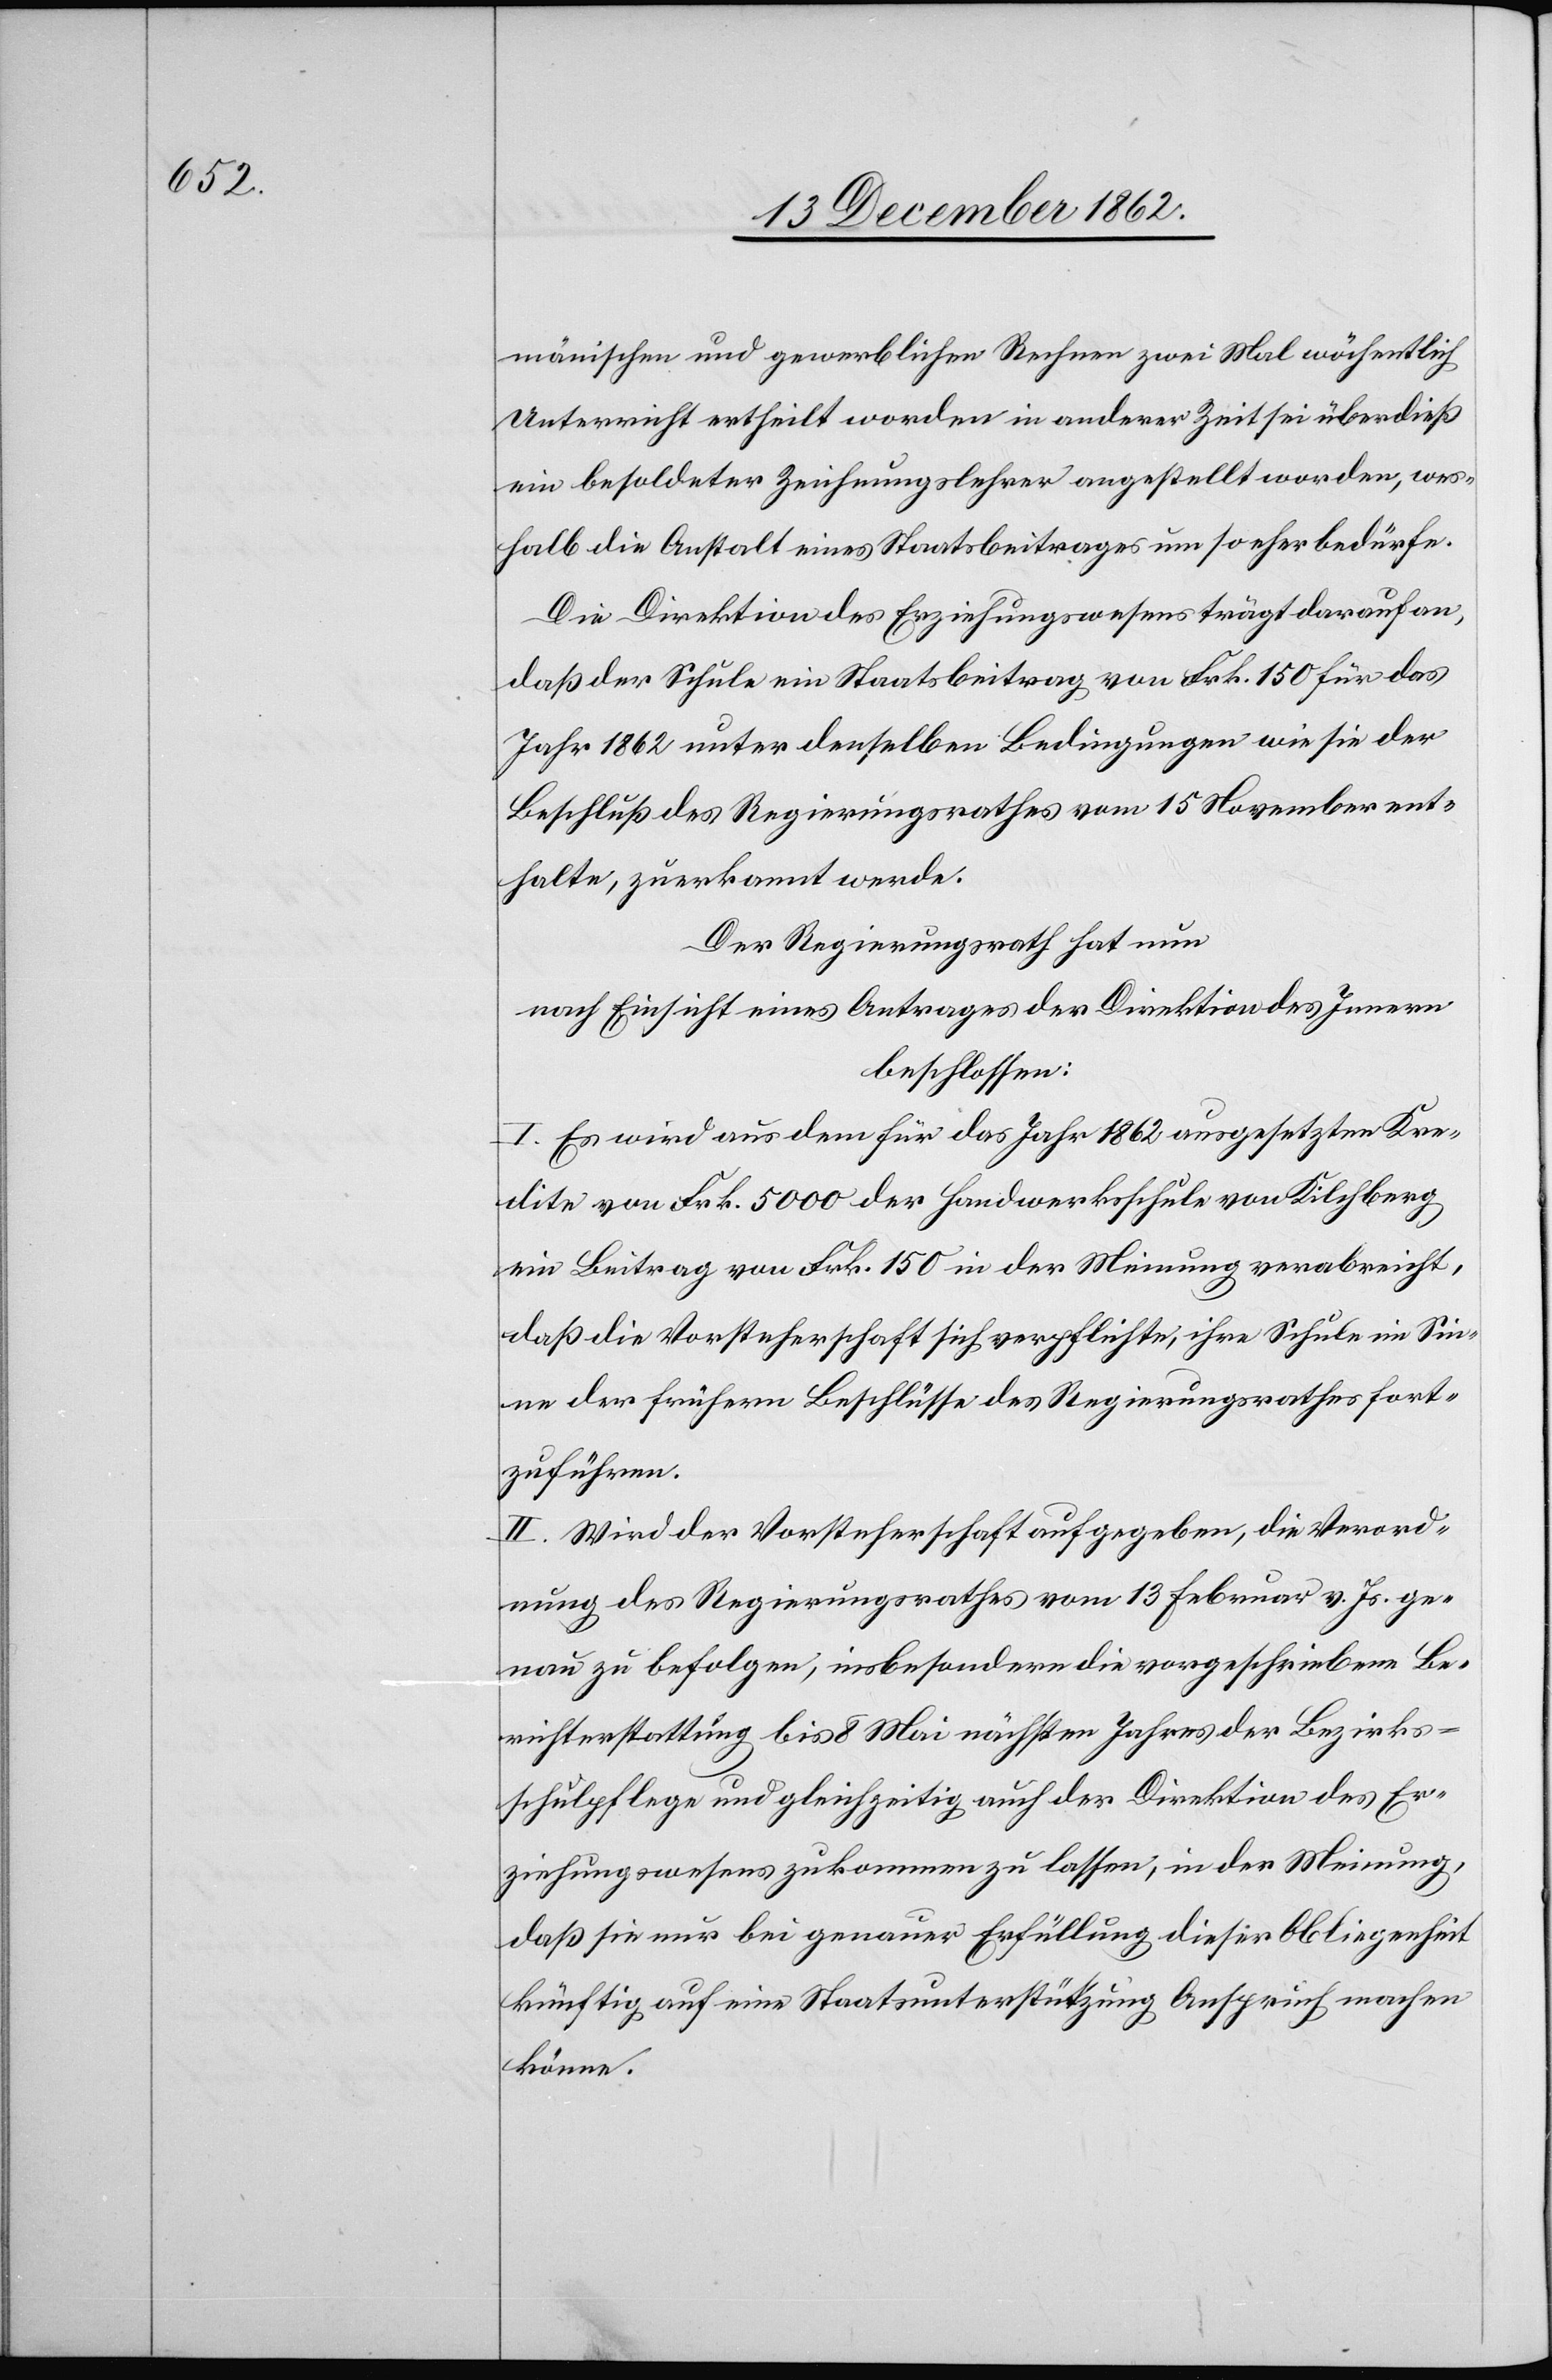
männischen und gewerblichen Rechnen zwei Mal wöchentlich
Unterricht ertheilt worden in anderer Zeit sei überdieß
ein besoldeter Zeichnungslehrer angestellt worden, wes¬
halb die Anstalt eines Staatsbeitrages um so eher bedürfe.
Die Direktion des Erziehungswesens trägt darauf an,
daß der Schule ein Staatsbeitrag von Frk. 150 für das
Jahr 1862 unter denselben Bedingungen wie sie der
Beschluß des Regierungsrathes vom 15. November ent¬
halte, zuerkannt werde.
Der Regierungsrath hat nun
nach Einsicht eines Antrages der Direktion des Innern
beschlossen:
I. Es wird aus dem für das Jahr 1862 ausgesetzten Kre¬
dite von Frk. 5000 der Handwerksschule von Kilchberg
ein Beitrag von Frk. 150 in der Meinung verabreicht,
daß die Vorsteherschaft sich verpflichte, ihre Schule im Sin¬
ne der frühern Beschlüsse des Regierungsrathes fort¬
zuführen.
II. Wird der Vorsteherschaft aufgegeben, die Verord¬
nung des Regierungsrathes vom 13. Februar v. Js. ge¬
nau zu befolgen, insbesondere die vorgeschriebene Be¬
richterstattung bis 8. Mai nächsten Jahres der Bezirks¬
schulpflege und gleichzeitig auch der Direktion des Er¬
ziehungswesens zukommen zu lassen, in der Meinung,
daß sie nur bei genauer Erfüllung dieser Obliegenheit
künftig auf eine Staatsunterstützung Anspruch machen
könne.